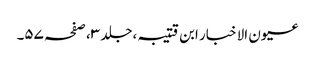
عیون الاخبار ابن قتیبہ ،جلد ٣، صفحہ ٥٧۔